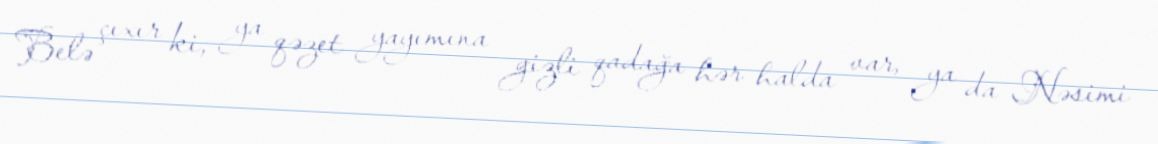
Belə çıxır ki, ya qəzet yayımına gizli qadağa hər halda var, ya da Nəsimi